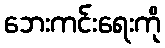
ဘေးကင်းရေးကို